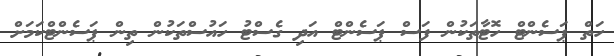
ހަތް ޕަސެންޓް ހޮޓާތަކުން ފަސް ޕަސެންޓް އަދި ގެސްޓު ހައުސްތަކުން ތިން ޕަސެންޓްކަމަށް